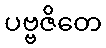
ပဗ္ဗဇိတေ